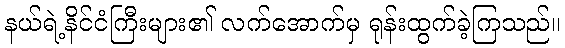
နယ်ရဲ့နိင်ငံကြီးများ၏ လက်အောက်မှ ရုန်းထွက်ခဲ့ကြသည်။